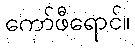
ကော်ဖီရောင်။